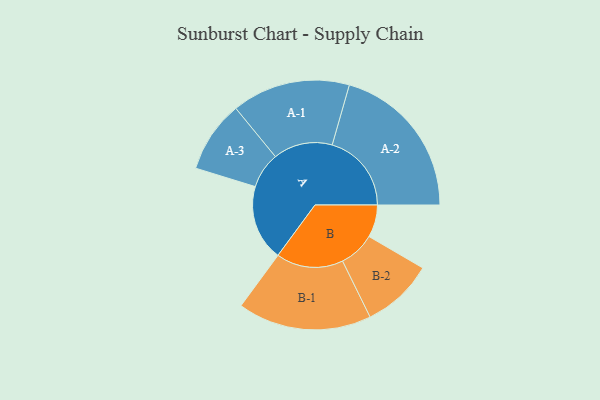
{"axis": {"x": "Segment", "y": "Value"}, "legend": ["", "A", "B"], "data": [{"x": "A", "y": 283, "type": ""}, {"x": "B", "y": 121, "type": ""}, {"x": "A-1", "y": 221, "type": "A"}, {"x": "A-2", "y": 296, "type": "A"}, {"x": "A-3", "y": 134, "type": "A"}, {"x": "B-1", "y": 250, "type": "B"}, {"x": "B-2", "y": 134, "type": "B"}]}